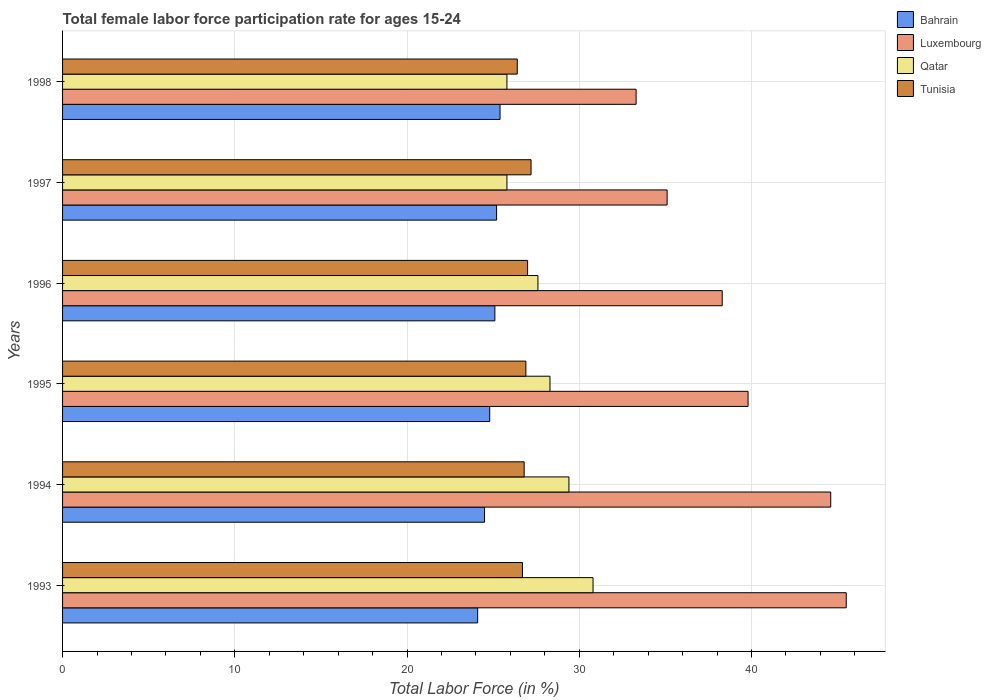
| Years | Bahrain | Luxembourg | Qatar | Tunisia |
 | --- | --- | --- | --- | --- |
 | 1993 | 24.1 | 45.5 | 30.8 | 26.7 |
 | 1994 | 24.5 | 44.6 | 29.4 | 26.8 |
 | 1995 | 24.8 | 39.8 | 28.3 | 26.9 |
 | 1996 | 25.1 | 38.3 | 27.6 | 27 |
 | 1997 | 25.2 | 35.1 | 25.8 | 27.2 |
 | 1998 | 25.4 | 33.3 | 25.8 | 26.4 |